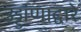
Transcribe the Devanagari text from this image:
उड्डांणाद्वारे